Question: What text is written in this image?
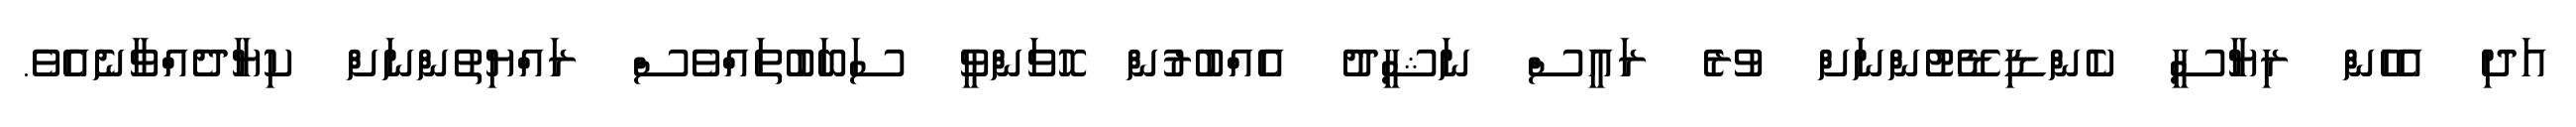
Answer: އަދި އެހެން ރިޔާސީ ކެންޑިޑޭޓުންނަށް ވުރެ ރައީސް ނަޝީދު އެއްބުރުން ހޮވަންވީ ސަބަބުތައްވެސް ރައްޔިތުންނަށް ކިޔާދެއްވާނެއެވެ.